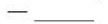
-___